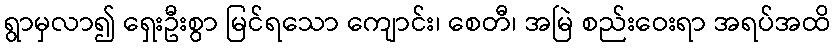
ရွာမှလာ၍ ရှေးဦးစွာ မြင်ရသော ကျောင်း၊ စေတီ၊ အမြဲ စည်းဝေးရာ အရပ်အထိ